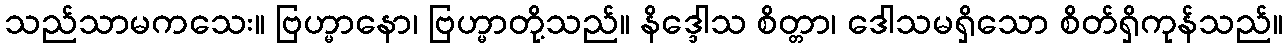
သည်သာမကသေး။ ဗြဟ္မာနော၊ ဗြဟ္မာတို့သည်။ နိဒ္ဒေါသ စိတ္တာ၊ ဒေါသမရှိသော စိတ်ရှိကုန်သည်။